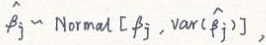
$\hat{\beta}_{j} \sim \text{Normal}[\beta_{j}, \text{var}(\hat{\beta}_{j})],$